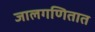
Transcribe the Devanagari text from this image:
जालगणितात